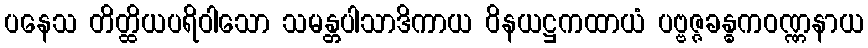
ပနေသ တိတ္ထိယပရိဝါသော သမန္တပါသာဒိကာယ ဝိနယဋ္ဌကထာယံ ပဗ္ဗဇ္ဇခန္ဓကဝဏ္ဏနာယ